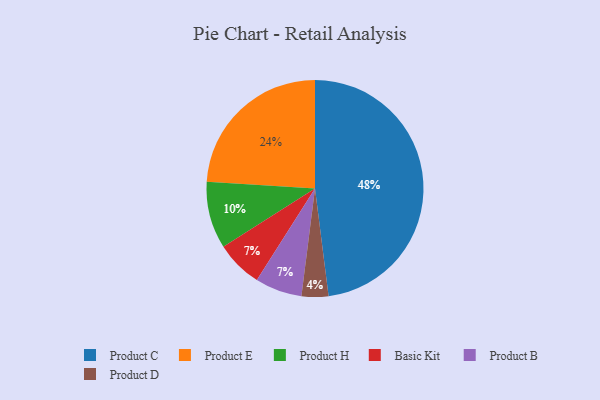
{"axis": {"x": "Category", "y": "Percentage"}, "legend": ["Basic Kit", "Product B", "Product C", "Product D", "Product E", "Product H"], "data": [{"x": "Product E", "y": 24, "type": "Product E"}, {"x": "Product H", "y": 10, "type": "Product H"}, {"x": "Product C", "y": 48, "type": "Product C"}, {"x": "Basic Kit", "y": 7, "type": "Basic Kit"}, {"x": "Product B", "y": 7, "type": "Product B"}, {"x": "Product D", "y": 4, "type": "Product D"}]}